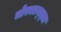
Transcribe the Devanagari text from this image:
जोस्वतन्त्र्ता